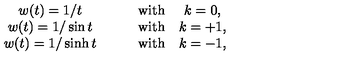
\begin{array} { c c c c } { w ( t ) = 1 / t } & { \quad } & { \mathrm { w i t h } } & { k = 0 , } \\ { w ( t ) = 1 / \sin t } & { \quad } & { \mathrm { w i t h } } & { k = + 1 , } \\ { w ( t ) = 1 / \sinh t } & { \quad } & { \mathrm { w i t h } } & { k = - 1 , } \\ \end{array}